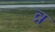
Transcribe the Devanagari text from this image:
व्र